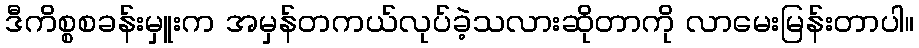
ဒီကိစ္စစခန်းမှူးက အမှန်တကယ်လုပ်ခဲ့သလားဆိုတာကို လာမေးမြန်းတာပါ။